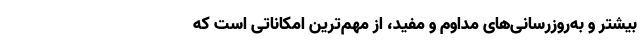
بیشتر و به‌روزرسانی‌های مداوم و مفید، از مهم‌ترین امکاناتی است که